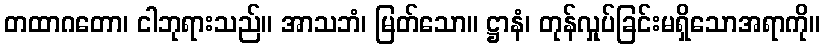
တထာဂတော၊ ငါဘုရားသည်။ အာသဘံ၊ မြတ်သော။ ဋ္ဌာနံ၊ တုန်လှုပ်ခြင်းမရှိသောအရာကို။